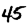
Digit: 4